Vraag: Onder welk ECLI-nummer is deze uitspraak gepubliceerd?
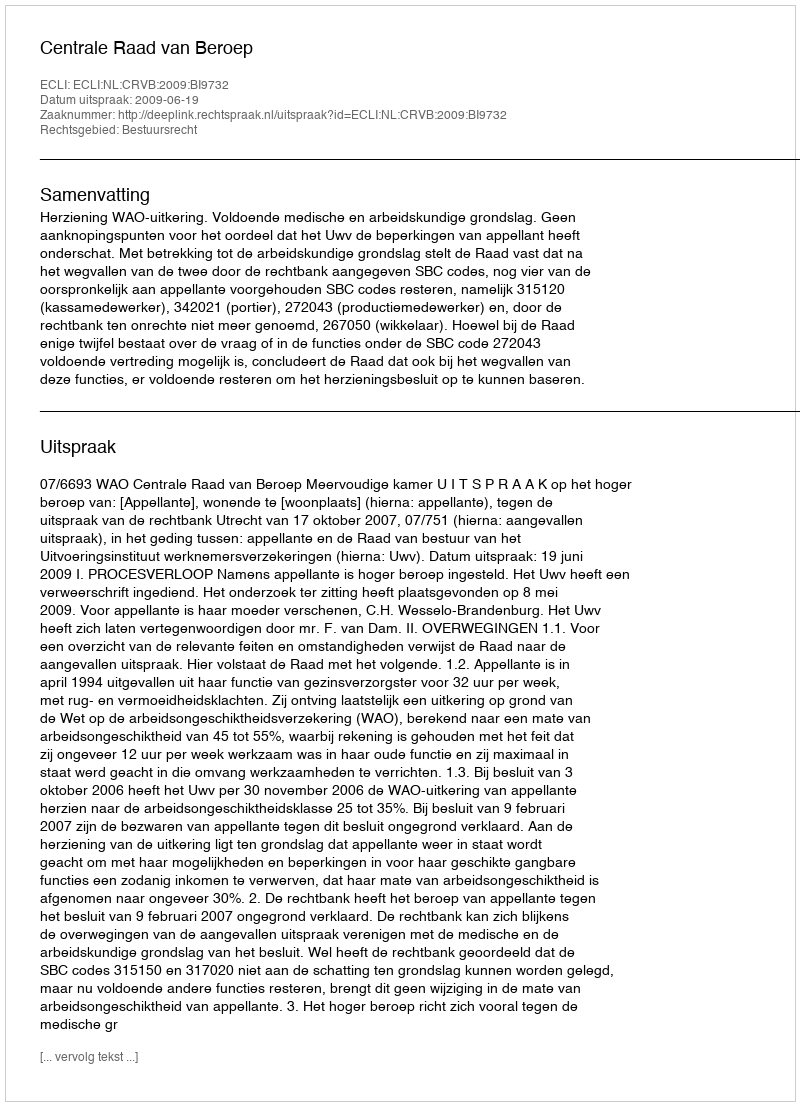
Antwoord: ECLI:NL:CRVB:2009:BI9732